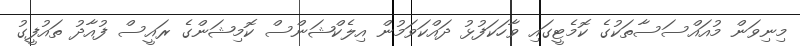
މިނިވަން މުއައްސަސާތަކުގެ ކޮމެޓީގައި ވާހަކަފުޅު ދައްކަވަމުން އިލެކްޝަންސް ކޮމިޝަންގެ ރައީސް ފުއާދު ތައުފީގު